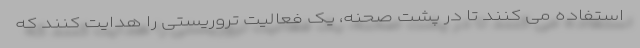
استفاده می کنند تا در پشت صحنه، یک فعالیت تروریستی را هدایت کنند که